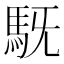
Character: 𮩷